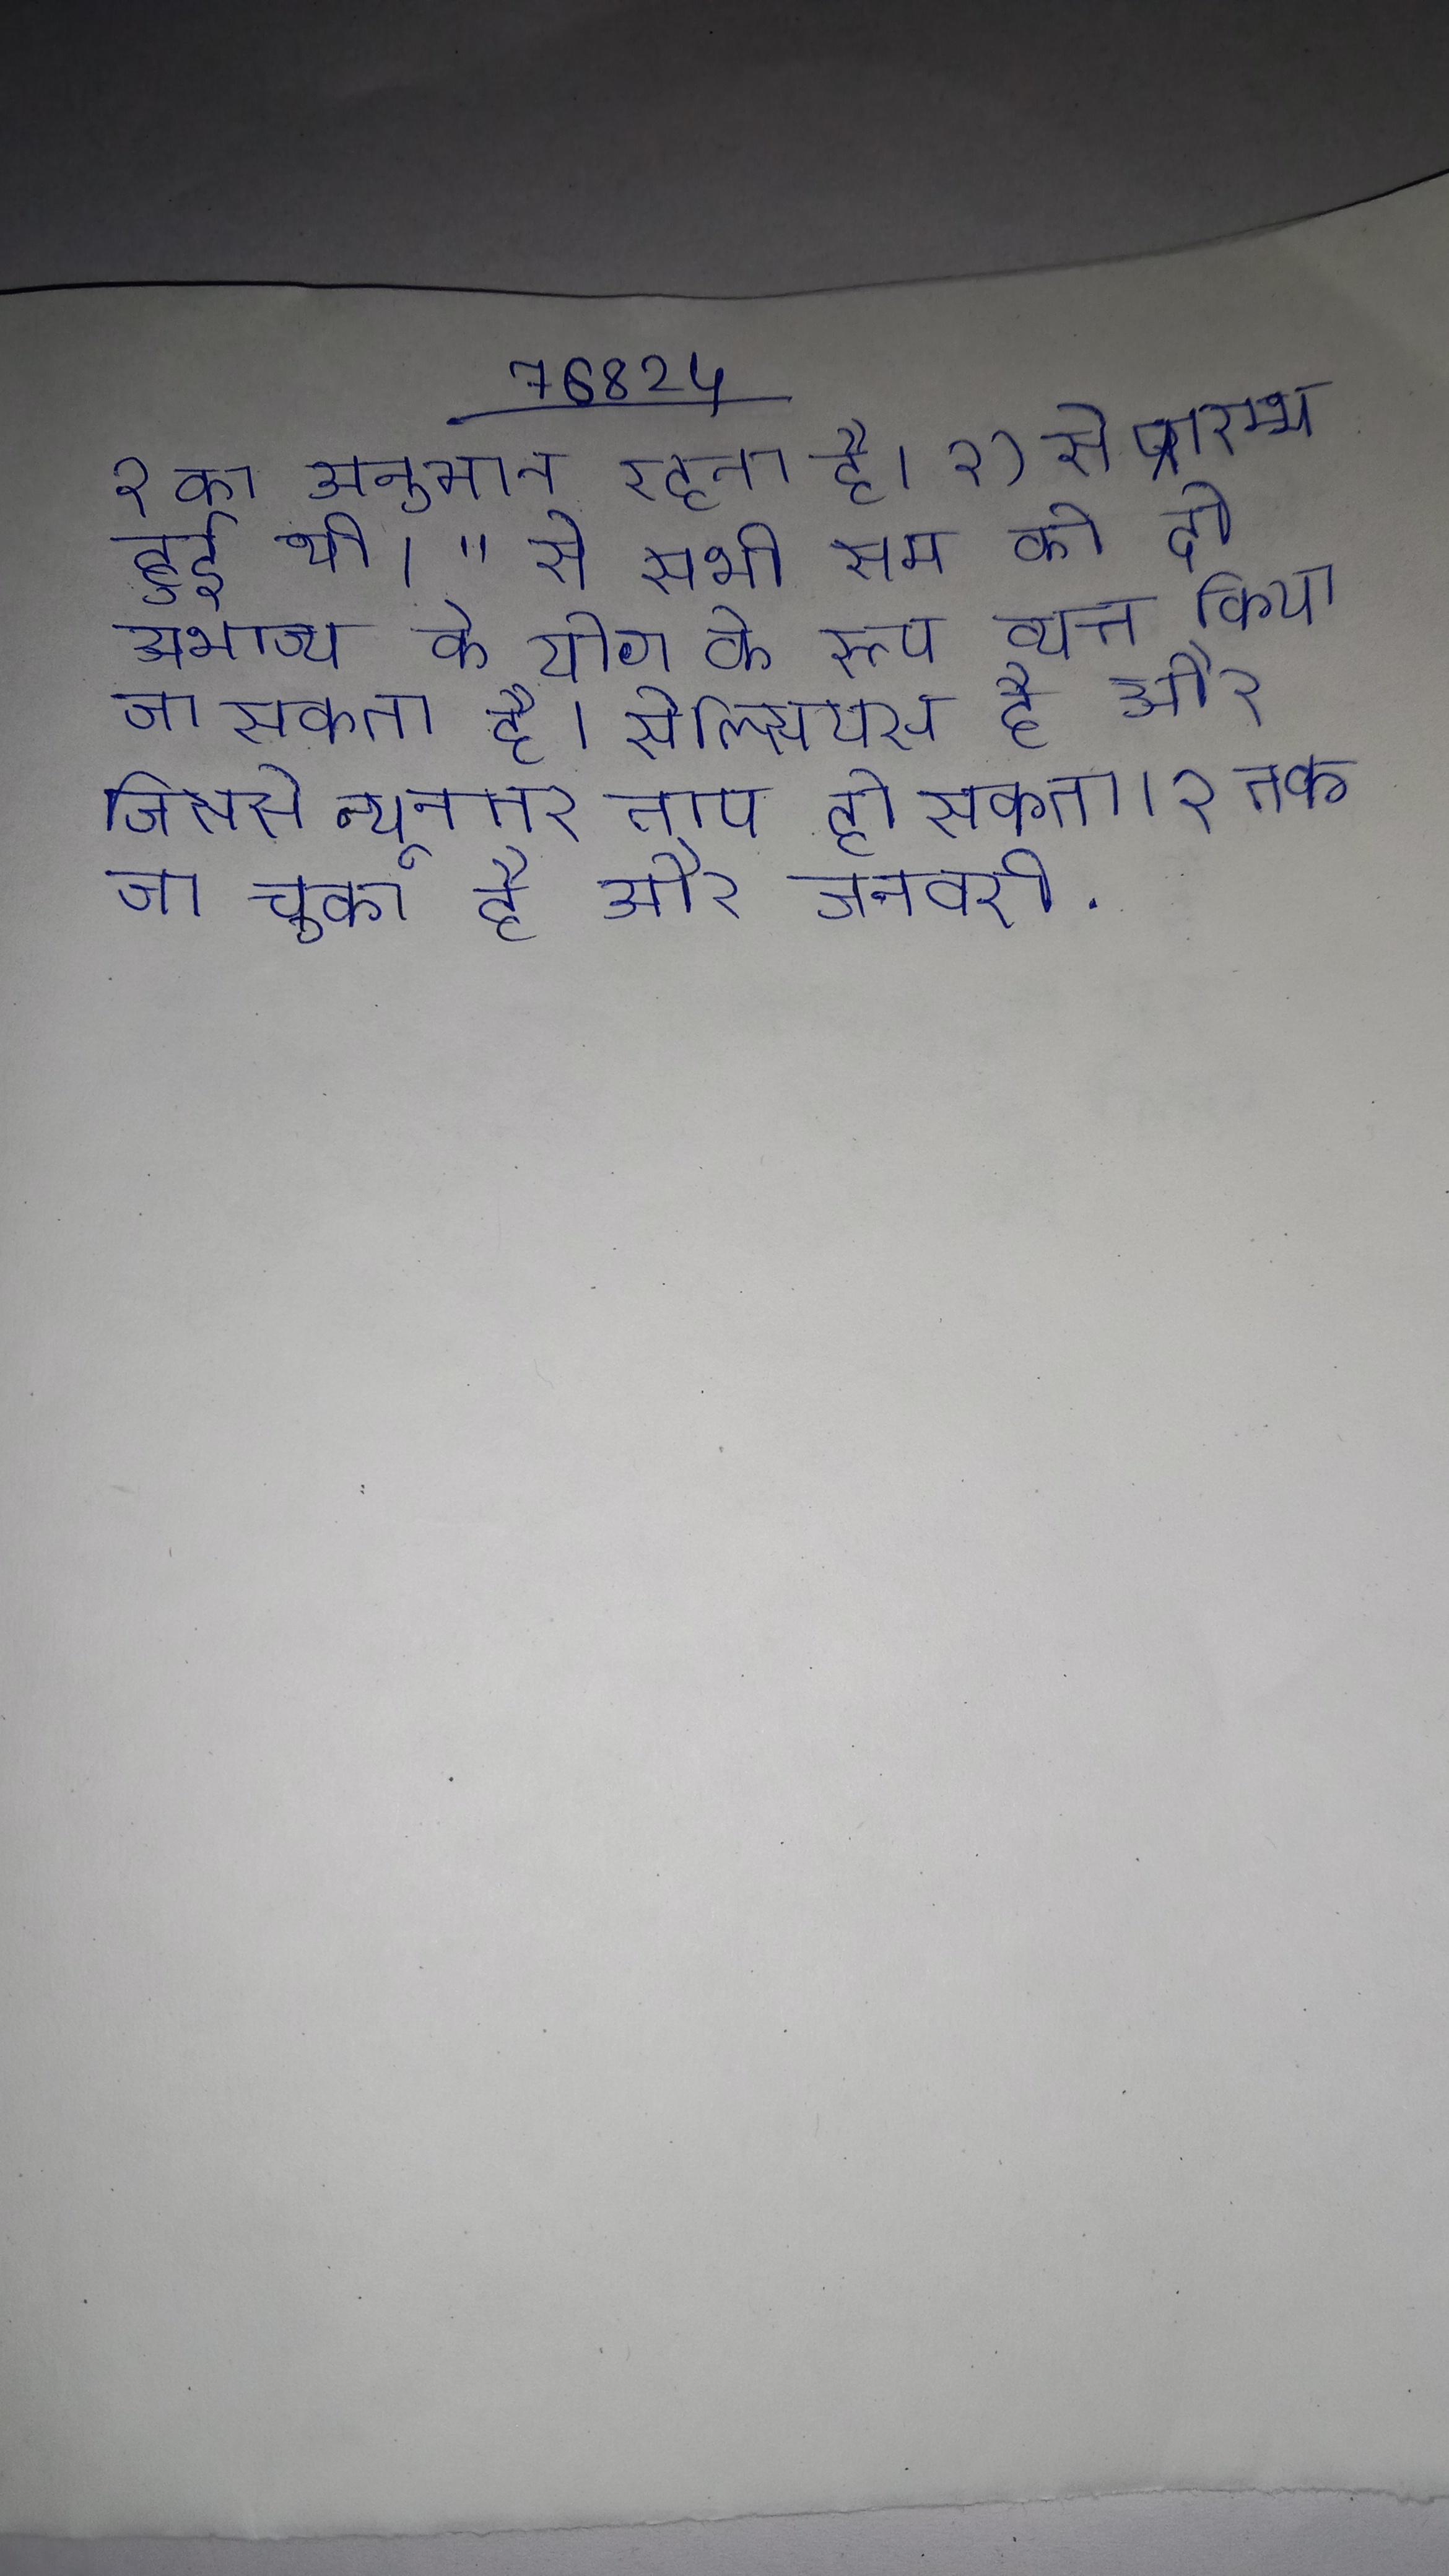
२ का अनुमान रहता है । २) से प्रारम्भ हुई थी । " से सभी सम को दो अभाज्य के योग के रूप व्यक्त किया जा सकता है । सेल्सियस है और जिससे न्यूनतर ताप हो सकता । २ तक जा चुका है और जनवरी .